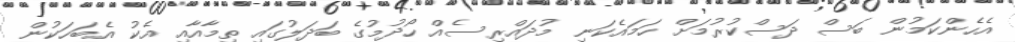
އެހެންކަމުން ބަސް ދަސްކުރުމަށް ހަަމައެކަނި މުދައްރިސެއް ހޯދުމުގެ ބަދަލުގައި ތިމާއާއި އެކު އެބަހަކުން